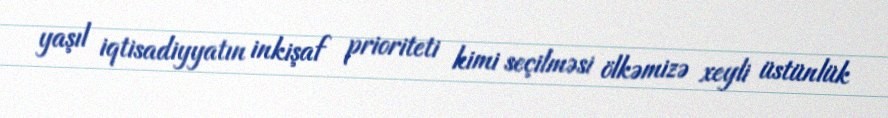
yaşıl iqtisadiyyatın inkişaf prioriteti kimi seçilməsi ölkəmizə xeyli üstünlük